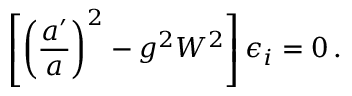
\left[ \left( \frac { a ^ { \prime } } { a } \right) ^ { 2 } - g ^ { 2 } W ^ { 2 } \right] \epsilon _ { i } = 0 \, .